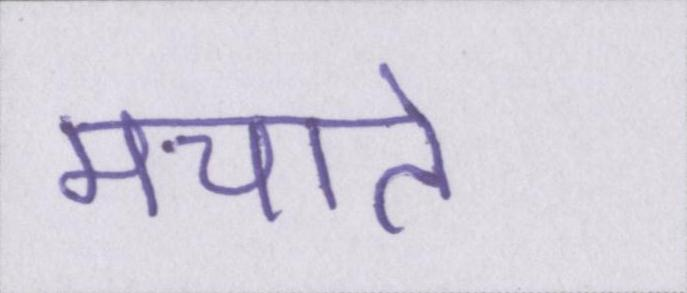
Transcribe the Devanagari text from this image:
मचाते